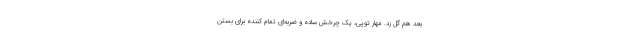
بعد هم گل زد. مهار توپی، یک چرخش ساده و ضربه‌ای تمام کننده برای بستن